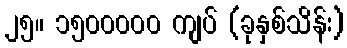
၂၅။ ၁၅၀၀၀၀၀ ကျပ် (ခုနှစ်သိန်း)